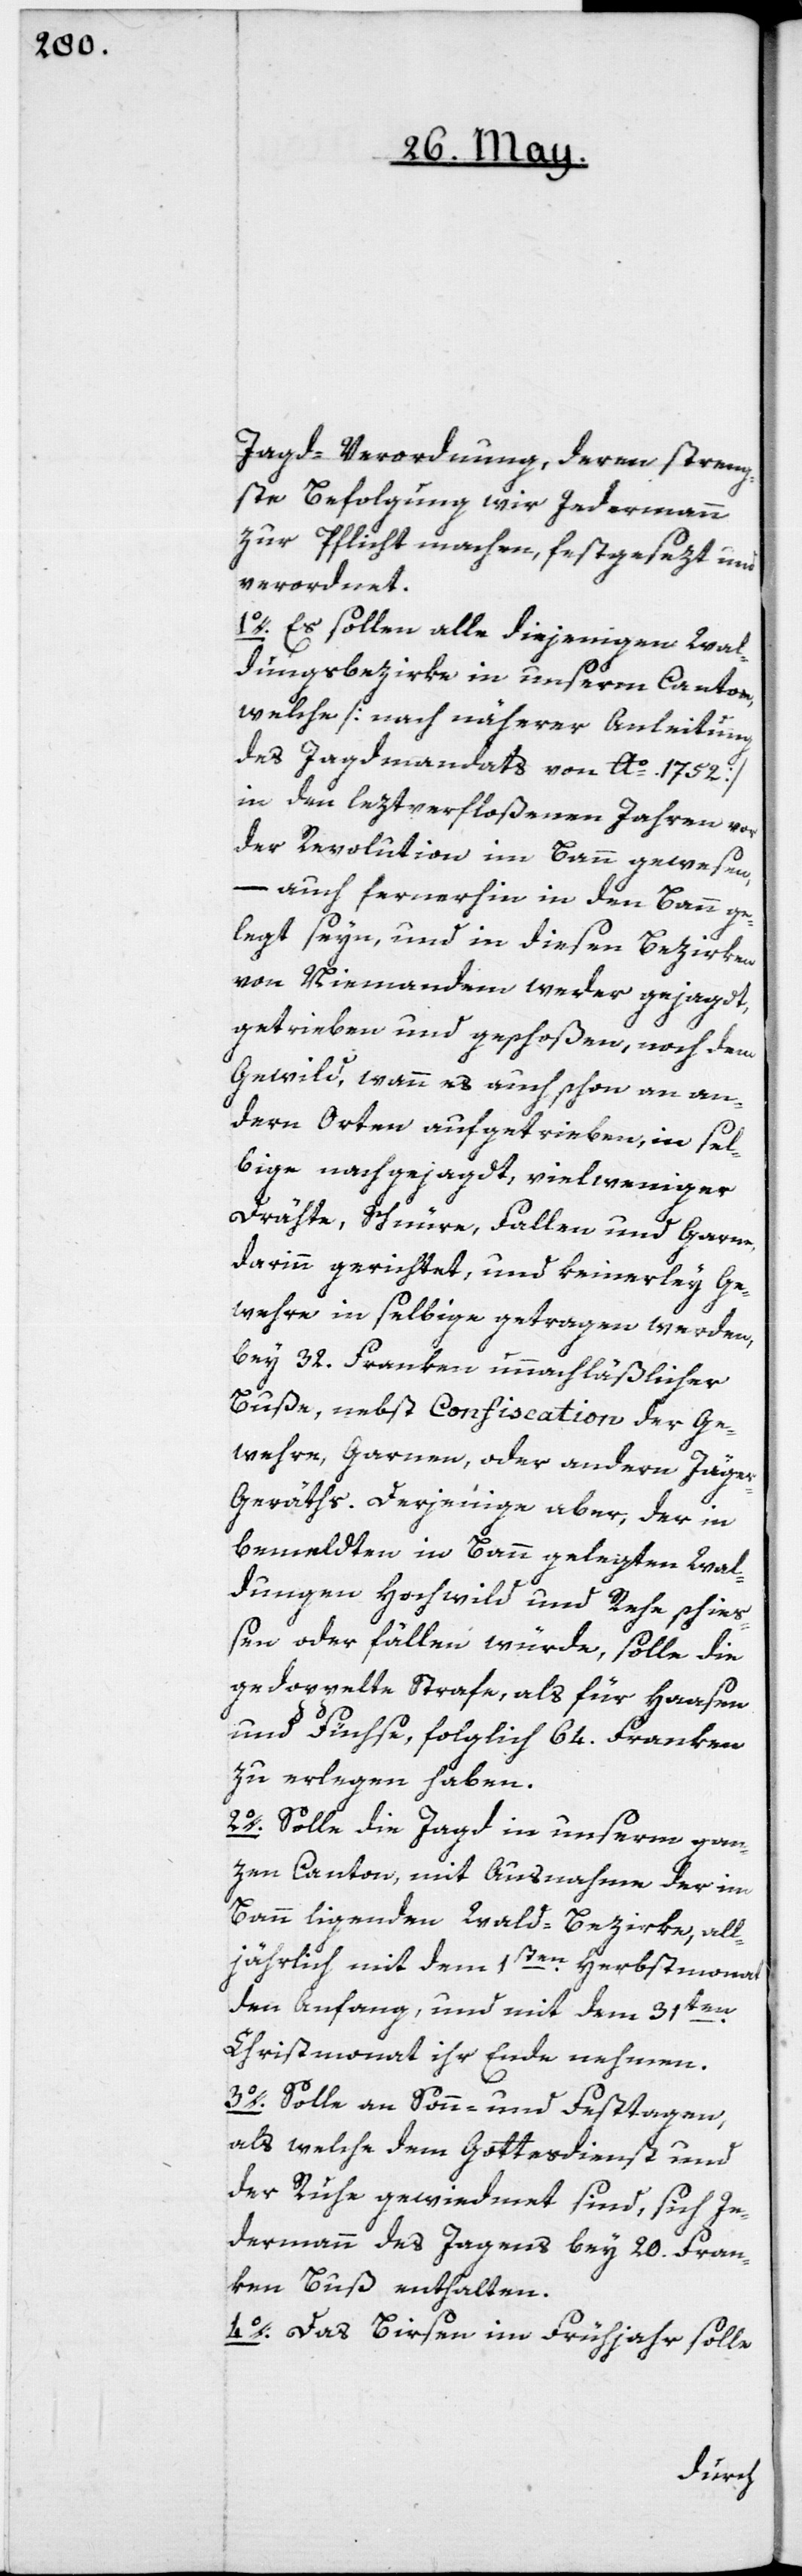
Jagd-Verordnung, deren streng¬
ste Befolgung wir Jedermann
zur Pflicht machen, festgesezt und
verordnet.
1o. Es sollen alle diejenigen Wal¬
dungsbezirke in unserm Canton,
welche [nach näherer Anleitung
des Jagdmandats von Ao 1752]
in den leztverfloßenen Jahren vor
der Revolution im Bann gewesen,
auch fernerhin in den Bann ge¬
legt seyn, und in diesen Bezirken
von Niemandem weder gejagt,
getrieben und geschoßen, noch dem
Gewild, wann es auch schon an an¬
dern Orten aufgetrieben, in sel¬
bige nachgejagd, viel weniger
Drähte, Schnüre, Fallen und Garne
darinn gerichtet, und keinerley Ge¬
wehre in selbige getragen werden,
bey 32. Franken unnachläßlicher
Buße, nebst Confiscation der Ge¬
wehre, Garnen oder andern Jäge¬
r-Geräths. Derjenige aber, der in
bemeldten in Bann gelegten Wal¬
dungen Hochwild und Rehe schieß¬
en oder fällen würde, solle die
gedoppelte Strafe, als für Haasen
und Füchse, folglich 64. Franken
zu erlegen haben.
2o. Solle die Jagd in unserm gan¬
zen Canton, mit Ausnahme der im
Bann liegenden Wald-Bezirke, all¬
jährlich mit dem 1sten Herbstmonat
den Anfang, und mit dem 31ten
Christmonat ihr Ende nehmen.
3o. Solle an Sonn- und Festtagen,
als welche dem Gottesdienst und
der Ruhe gewiedmet sind, sich Je¬
dermann des Jagens bey 20. Fran¬
ken Buß enthalten.
4o. Das Birsen im Frühjahr solle